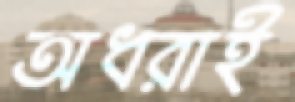
অধরাই